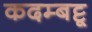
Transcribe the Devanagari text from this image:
कदम्बट्टू